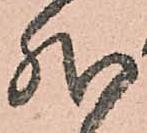
然